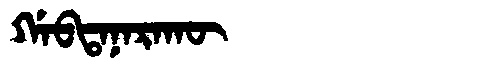
Manchu: ᡤᠠᠪᡨᠠᠨᠠᡵᠠᡴᡡ
Romanization: GABTANARAKŪ